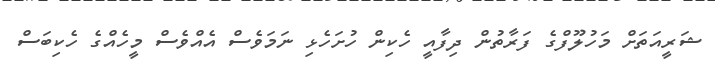
ޝަރީއަތަށް މަހުލޫފްގެ ފަރާތުން ދިފާއީ ހެކިން ހުށަހެޅި ނަމަވެސް އެއްވެސް މީހެއްގެ ހެކިބަސް